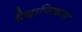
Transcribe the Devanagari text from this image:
सैद्धान्तिकता